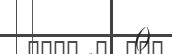
()